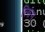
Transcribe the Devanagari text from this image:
त्सिंग